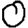
Digit: 0